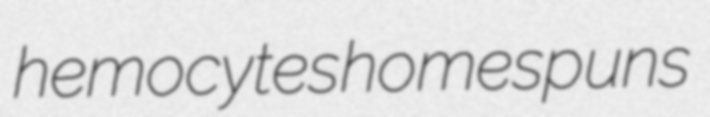
hemocytes homespuns